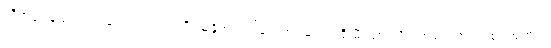
လီဗာပူး နည်းပြ ကလော့ပ်က ရှက်ဖီးယူနိုက်တက်နဲ့ ကစားမယ့် ပရီးမီးယားလိဂ် အဝေးကွင်းပွဲစဉ်အတွက်